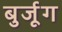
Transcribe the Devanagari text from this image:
बुर्जूग